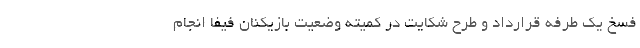
فسخ یک طرفه قرارداد و طرح شکایت در کمیته وضعیت بازیکنان فیفا انجام